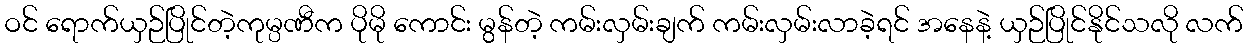
ဝင် ရောက်ယှဉ်ပြိုင်တဲ့ကုမ္ပဏီက ပိုမို ကောင်း မွန်တဲ့ ကမ်းလှမ်းချက် ကမ်းလှမ်းလာခဲ့ရင် အနေနဲ့ ယှဉ်ပြိုင်နိုင်သလို လက်